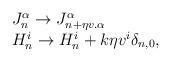
LaTeX: \begin{align*}\begin{array}{lcr}J_{n}^{\alpha} \to J_{n+\eta v.{\alpha}}^{\alpha}\\H_{n}^i \to H_{n}^i + k\eta v^{i}\delta_{n,0}, \end{array}\end{align*}